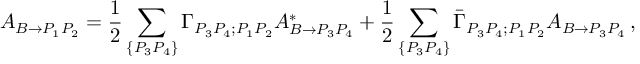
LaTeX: A _ { B \to P _ { 1 } P _ { 2 } } = { \frac { 1 } { 2 } } \sum _ { \{ P _ { 3 } P _ { 4 } \} } \Gamma _ { P _ { 3 } P _ { 4 } ; P _ { 1 } P _ { 2 } } A _ { B \to P _ { 3 } P _ { 4 } } ^ { * } + { \frac { 1 } { 2 } } \sum _ { \{ P _ { 3 } P _ { 4 } \} } \bar { \Gamma } _ { P _ { 3 } P _ { 4 } ; P _ { 1 } P _ { 2 } } A _ { B \to P _ { 3 } P _ { 4 } } \, ,